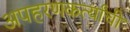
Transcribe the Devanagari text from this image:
अपहरणकर्त्यांची